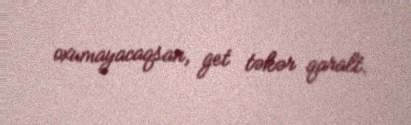
oxumayacaqsan, get təkər qaralt.